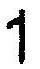
1